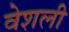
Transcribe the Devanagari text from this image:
वेशली